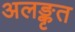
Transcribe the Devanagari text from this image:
अलङ्कृत